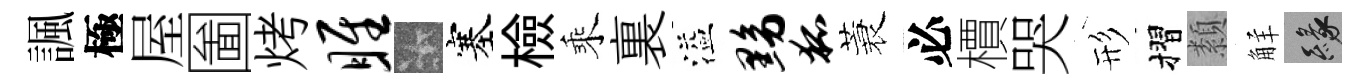
諷極屋圗烤雎卡塞檢乘裏溢黝狐蓑必檟哭形摺纇觧緣